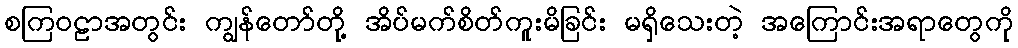
စကြဝဠာအတွင်း ကျွန်တော်တို့ အိပ်မက်စိတ်ကူးမိခြင်း မရှိသေးတဲ့ အကြောင်းအရာတွေကို